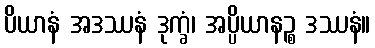
ပိယာနံ အဒဿနံ ဒုက္ခံ၊ အပ္ပိယာနဉ္စ ဒဿနံ။